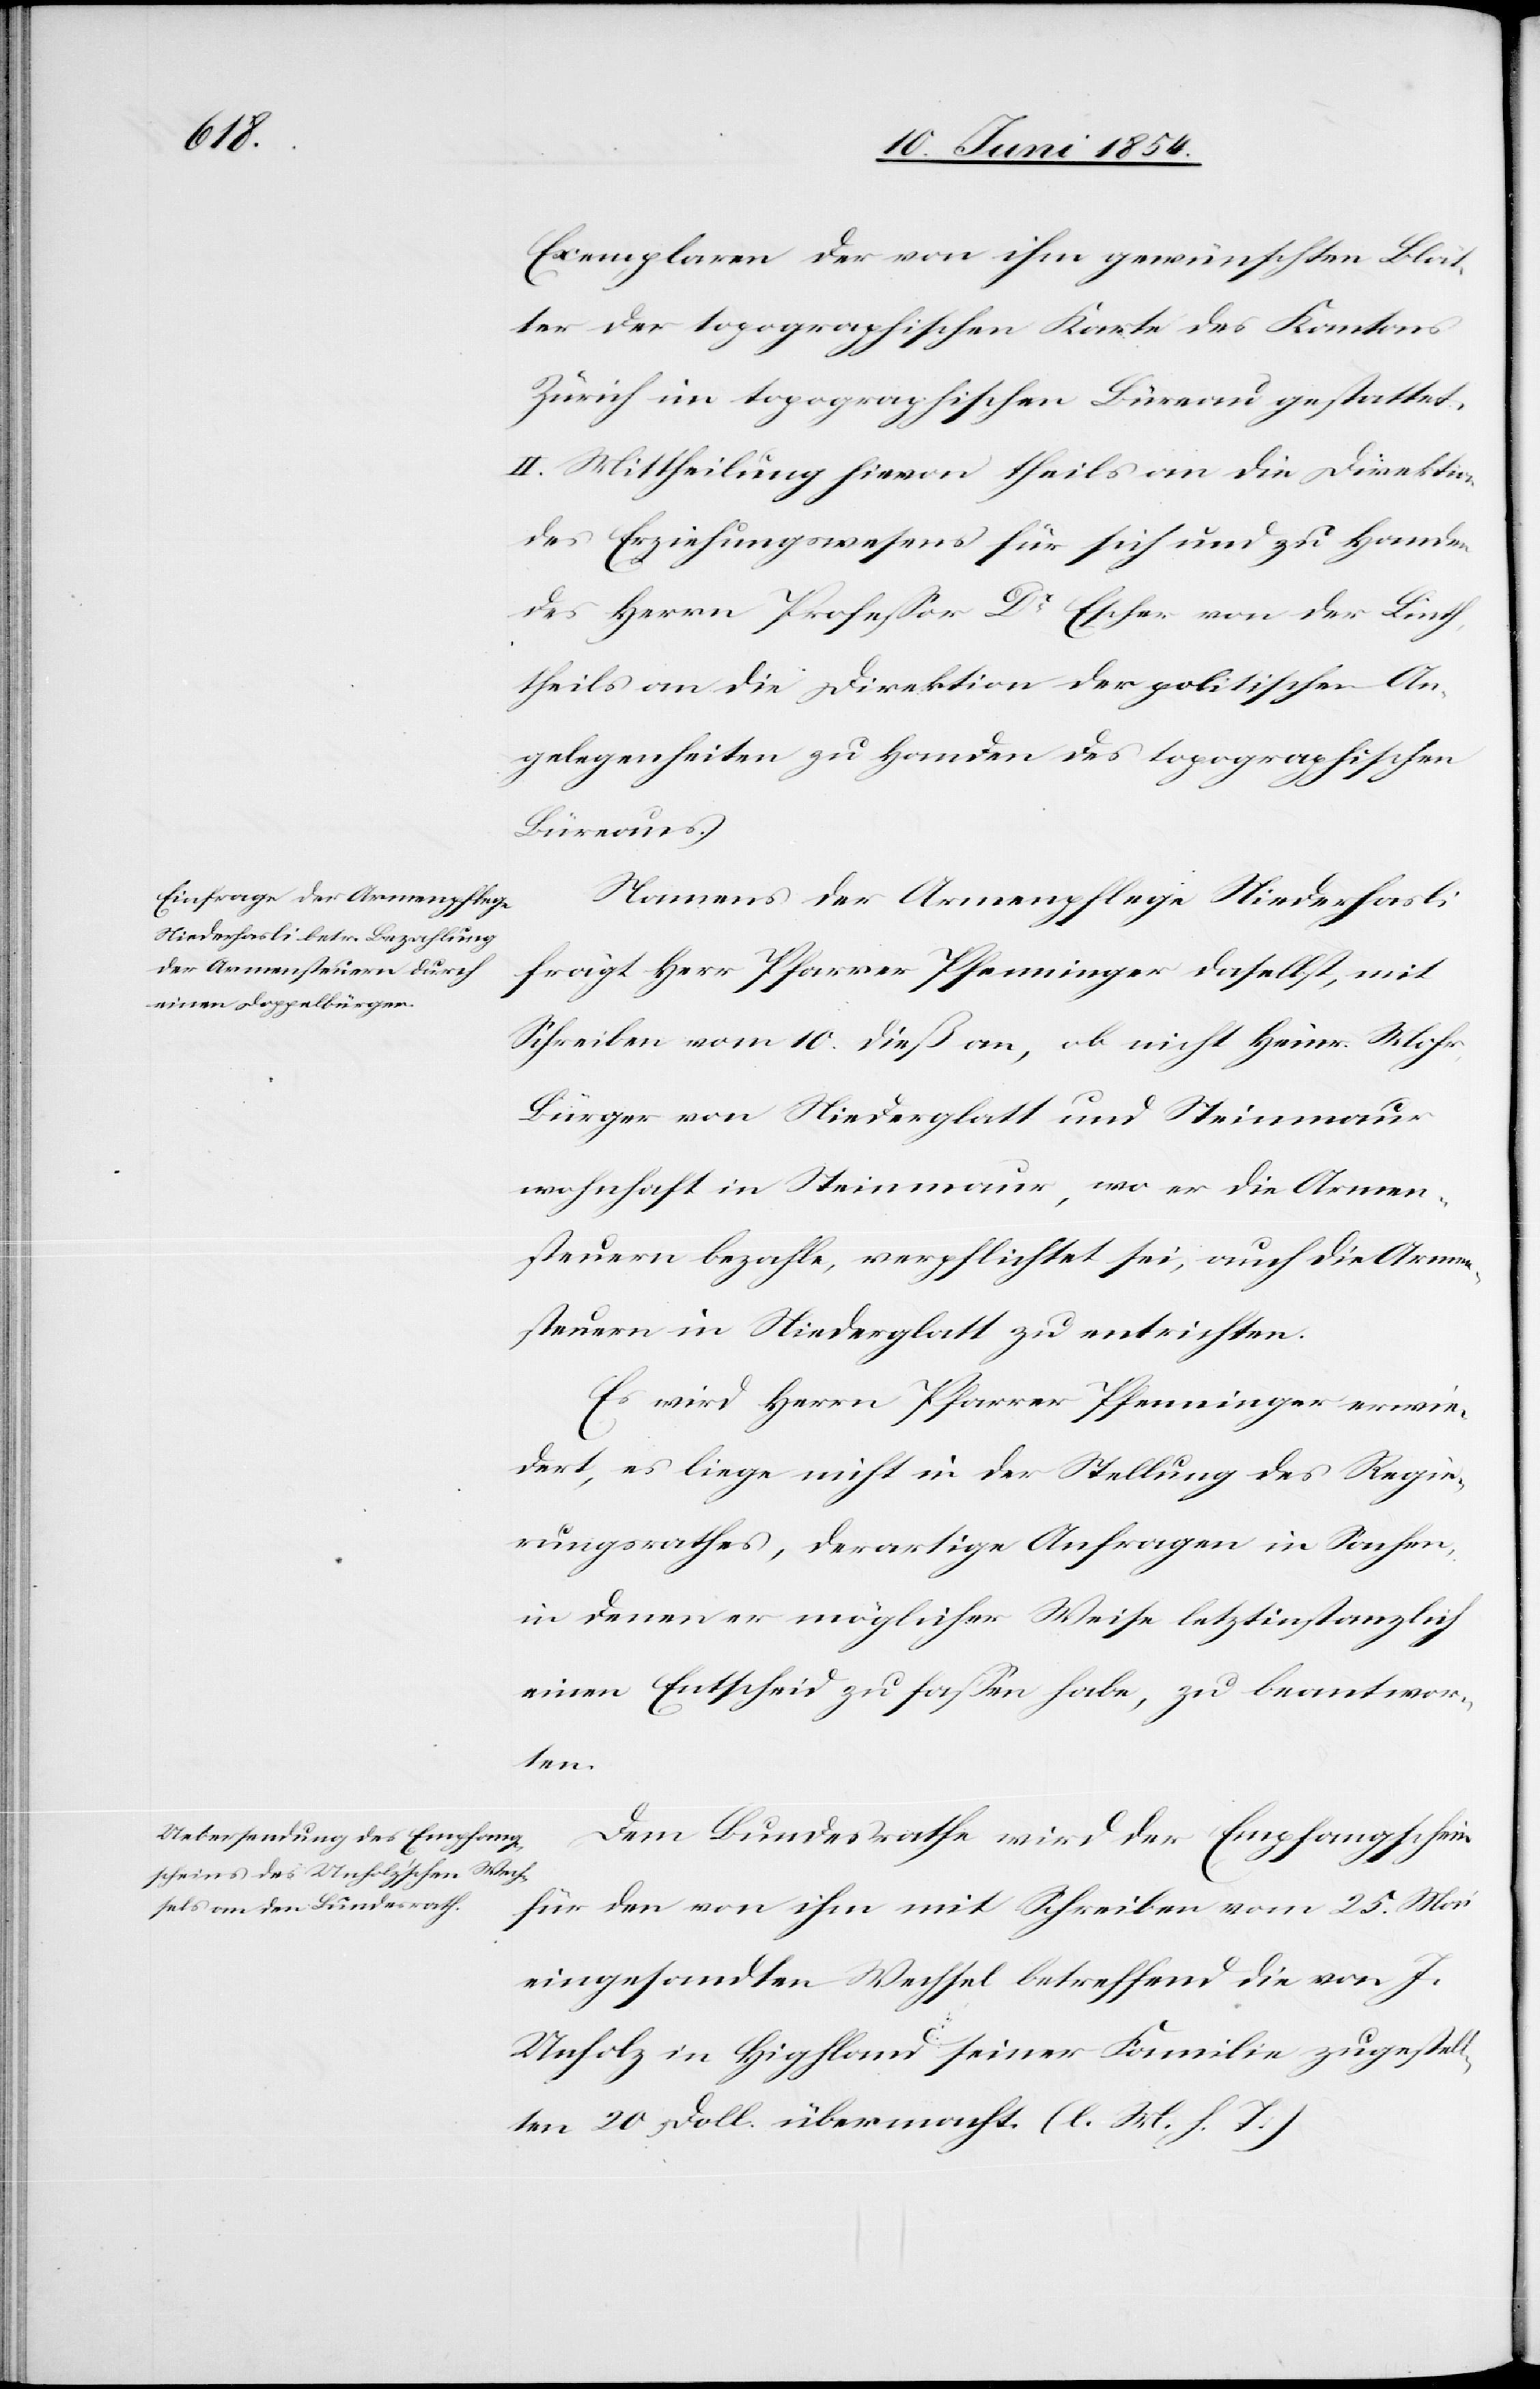
Exemplare der von ihm gewünschten Blät¬
ter der topographischen Karte des Kantons
Zürich im topographischen Büreau gestattet.
II. Mittheilung hievon theils an die Direktion
des Erziehungswesens für sich und zu Handen
des Herrn Profeßor Dr Escher von der Linth,
theils an die Direktion der politischen An¬
gelegenheiten zu Handen des topographischen
Büreaus.
Namens der Armenpflege Niederhasli
frägt Herr Pfarrer Pfenninger daselbst, mit
Schreiben vom 10. dieß an, ob nicht Heinr. Mohr,
Bürger von Niederglatt und Steinmaur
wohnhaft in Steinmaur, wo er die Armen¬
steuern bezahle, verpflichtet sei, auch die Armen¬
steuern in Niederglatt zu entrichten.
Es wird Herrn Pfarrer Pfenninger erwie¬
dert, es liege nicht in der Stellung des Regie¬
rungsrathes, derartige Anfragen in Sachen,
in denen er möglicher Weise letztinstanzlich
einen Entscheid zu faßen habe, zu beantwor¬
ten.
Dem Bundesrathe wird der Empfangschein
für den von ihm mit Schreiben vom 25. Mai
eingesandten Wechsel betreffend die von J.
Unholz in Highland seiner Familie zugestell¬
ten 20 Doll. übermacht. (l. M. h. T.)